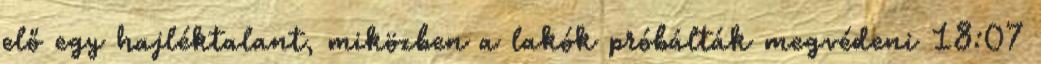
elő egy hajléktalant, miközben a lakók próbálták megvédeni 18:07